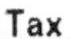
TAX